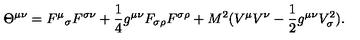
\Theta ^ { \mu \nu } = { F ^ { \mu } } _ { \sigma } F ^ { \sigma \nu } + { \frac { 1 } { 4 } } g ^ { \mu \nu } F _ { \sigma \rho } F ^ { \sigma \rho } + M ^ { 2 } ( V ^ { \mu } V ^ { \nu } - { \frac { 1 } { 2 } } g ^ { \mu \nu } V _ { \sigma } ^ { 2 } ) .